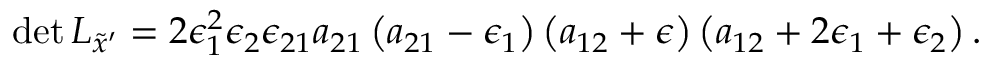
\operatorname * { d e t } { \cal L } _ { { \tilde { x } } ^ { \prime } } = 2 \epsilon _ { 1 } ^ { 2 } \epsilon _ { 2 } \epsilon _ { 2 1 } a _ { 2 1 } \left( a _ { 2 1 } - \epsilon _ { 1 } \right) \left( a _ { 1 2 } + \epsilon \right) \left( a _ { 1 2 } + 2 \epsilon _ { 1 } + \epsilon _ { 2 } \right) .